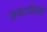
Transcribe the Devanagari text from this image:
रामदासियांत